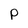
Character: P